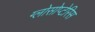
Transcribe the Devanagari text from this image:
ग्लोसोप्टेरिस